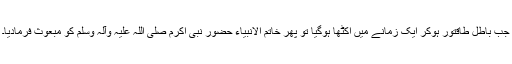
جب باطل طاقتور ہوکر ایک زمانے میں اکٹھا ہوگیا تو پھر خاتم الانبیاء حضور نبی اکرم صلی اللہ علیہ وآلہ وسلم کو مبعوث فرمادیا۔